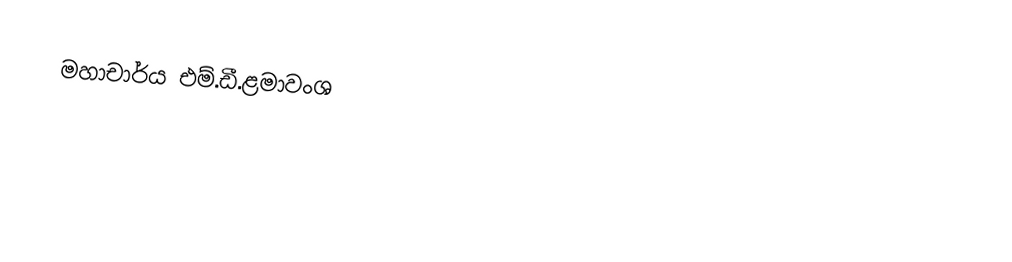
මහාචාර්ය එම්.ඩී.ළමාවංශ